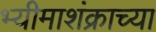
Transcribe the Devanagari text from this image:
भ्यीमाशंक्राच्या